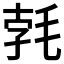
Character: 𣭷